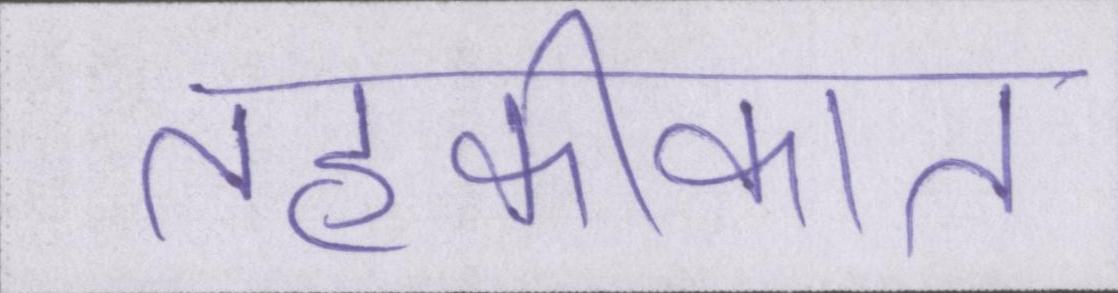
तहकीकात